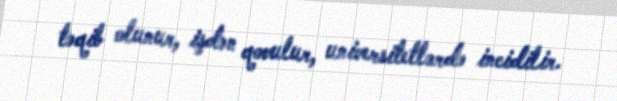
təqib olunur, işdən qovulur, universitetlərdə incidilir.